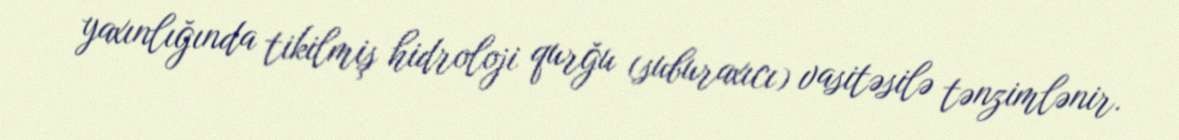
yaxınlığında tikilmiş hidroloji qurğu (suburaxıcı) vasitəsilə tənzimlənir.